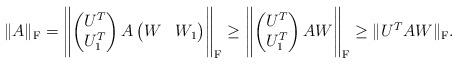
LaTeX: \begin{align*}\|A\|_\mathrm{F} = \Biggl\|\begin{pmatrix}U^T \\ U_1^T\end{pmatrix}A \begin{pmatrix}W & W_1\end{pmatrix}\Biggr\|_\mathrm{F} \geq \Biggl\|\begin{pmatrix}U^T \\ U_1^T\end{pmatrix}AW\Biggr\|_\mathrm{F} \geq \|U^TAW\|_\mathrm{F}.\end{align*}